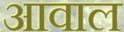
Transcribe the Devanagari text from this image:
आवाल